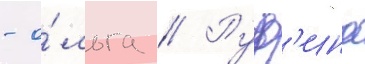
- о́льга // Руф'ина